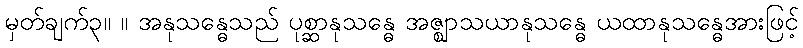
မှတ်ချက်၃။ ။ အနုသန္ဓေသည် ပုစ္ဆာနုသန္ဓေ အဇ္ဈာသယာနုသန္ဓေ ယထာနုသန္ဓေအားဖြင့်